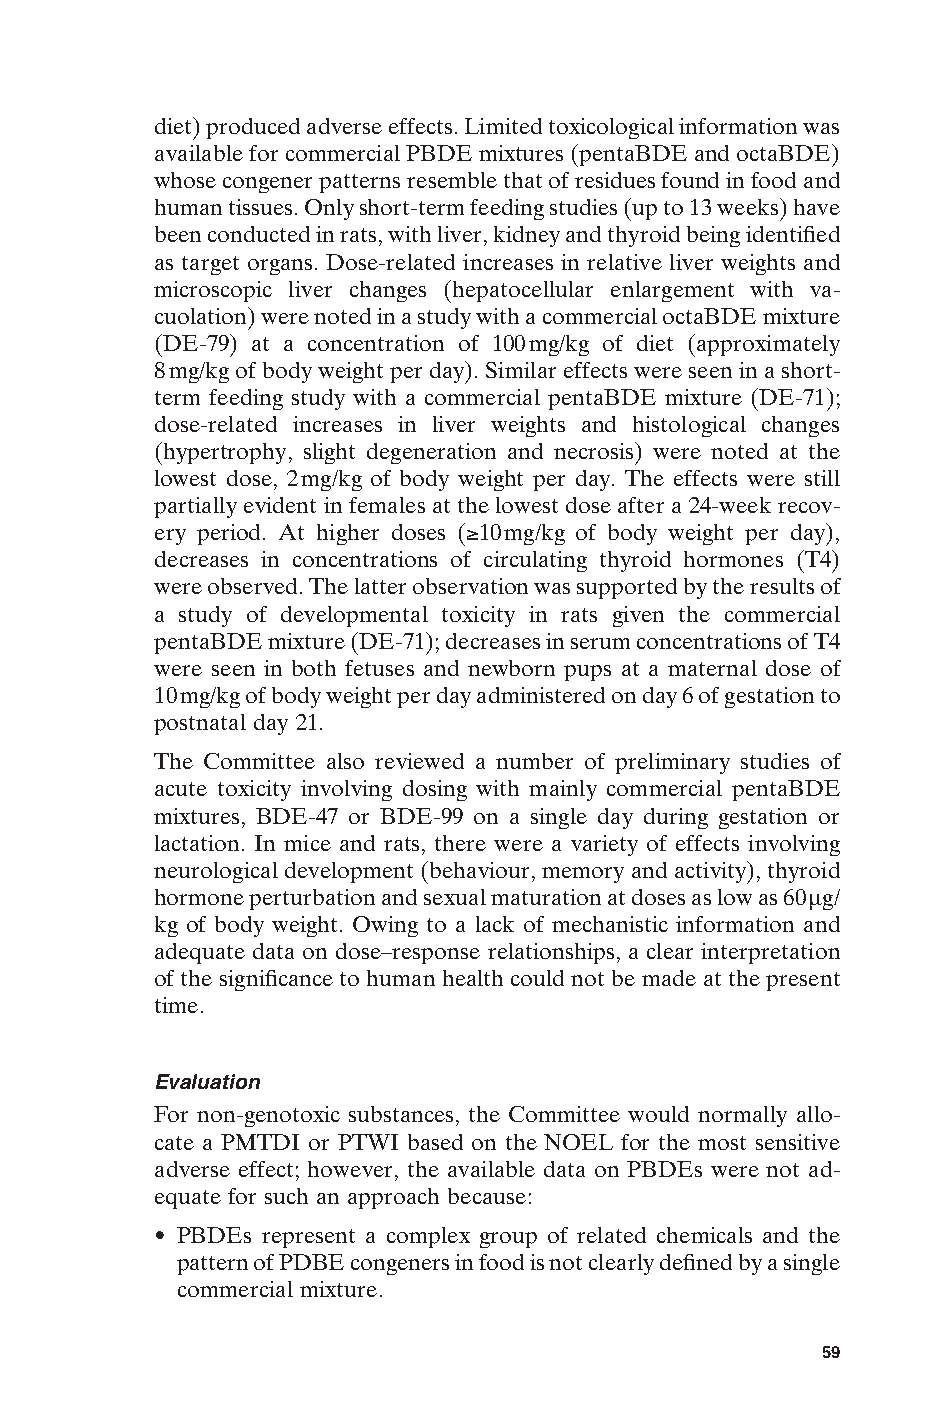
diet) produced adverse effects. Limited toxicological information was
 available for commercial PBDE mixtures (pentaBDE and octaBDE)
 whose congener patterns resemble that of residues found in food and
 human tissues. Only short-term feeding studies (up to 13 weeks) have
 been conducted in rats, with liver, kidney and thyroid being identified
 as target organs. Dose-related increases in relative liver weights and
 microscopic liver changes (hepatocellular enlargement with va-
 cuolation) were noted in a study with a commercial octaBDE mixture
 (DE-79) at a concentration of 100mg/kg of diet (approximately
 8mg/kg of body weight per day). Similar effects were seen in a short-
 term feeding study with a commercial pentaBDE mixture (DE-71);
 dose-related increases in liver weights and histological changes
 (hypertrophy, slight degeneration and necrosis) were noted at the
 lowest dose, 2mg/kg of body weight per day. The effects were still
 partially evident in females at the lowest dose after a 24-week recov-
 ery period. At higher doses (≥10mg/kg of body weight per day),
 decreases in concentrations of circulating thyroid hormones (T4)
 were observed. The latter observation was supported by the results of
 a study of developmental toxicity in rats given the commercial
 pentaBDE mixture (DE-71); decreases in serum concentrations of T4
 were seen in both fetuses and newborn pups at a maternal dose of
 10mg/kg of body weight per day administered on day 6 of gestation to
 postnatal day 21.
 The Committee also reviewed a number of preliminary studies of
 acute toxicity involving dosing with mainly commercial pentaBDE
 mixtures, BDE-47 or BDE-99 on a single day during gestation or
 lactation. In mice and rats, there were a variety of effects involving
 neurological development (behaviour, memory and activity), thyroid
 hormone perturbation and sexual maturation at doses as low as 60mg/
 kg of body weight. Owing to a lack of mechanistic information and
 adequate data on dose–response relationships, a clear interpretation
 of the significance to human health could not be made at the present
 time.
 Evaluation
 For non-genotoxic substances, the Committee would normally allo-
 cate a PMTDI or PTWI based on the NOEL for the most sensitive
 adverse effect; however, the available data on PBDEs were not ad-
 equate for such an approach because:
 • PBDEs represent a complex group of related chemicals and the
 pattern of PDBE congeners in food is not clearly defined by a single
 commercial mixture.                                  E
 59
 Untitled-4       59                    12/20/05, 19:53